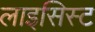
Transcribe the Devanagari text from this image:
लाइसिस्ट